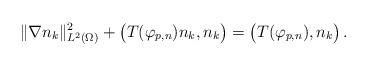
LaTeX: \begin{align*}& \Vert\nabla n_k\Vert_{L^2(\Omega)}^2+\big(T(\varphi_{p,n})n_k,n_k\big)=\big(T(\varphi_{p,n}),n_k\big)\,.\end{align*}